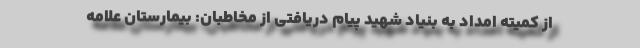
از کمیته امداد به بنیاد شهید پیام دریافتی از مخاطبان: بیمارستان علامه